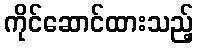
ကိုင်ဆောင်ထားသည့်